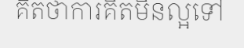
គិតថាការគិតមិនល្អទៅ